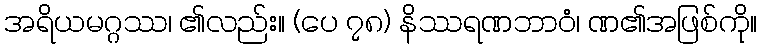
အရိယမဂ္ဂဿ၊ ၏လည်း။ (ပေ ၇၈) နိဿရဏဘာဝံ၊ ဏ၏အဖြစ်ကို။